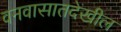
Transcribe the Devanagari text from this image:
वनवासातदेखील